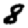
Digit: 8